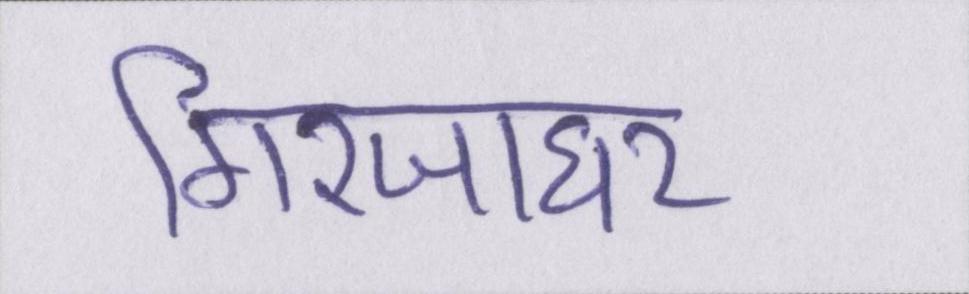
गिरजाघर